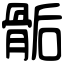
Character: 骺